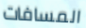
المسافات